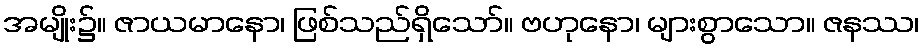
အမျိုး၌။ ဇာယမာနော၊ ဖြစ်သည်ရှိသော်။ ဗဟုနော၊ များစွာသော။ ဇနဿ၊